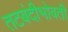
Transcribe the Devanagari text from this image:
तटबंदीभोवती